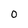
Character: 0